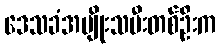
ဒေသခံအမျိုးသမီးတစ်ဦးက